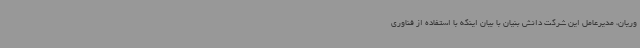
وریان، مدیرعامل این شرکت دانش بنیان با بیان اینکه با استفاده از فناوری